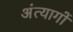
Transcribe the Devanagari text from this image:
अंत्यागों